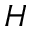
H